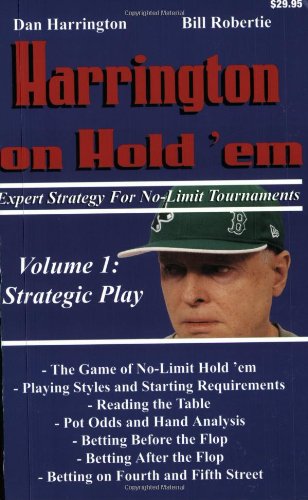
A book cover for Harrington on Hold 'em Expert Strategy for No Limit Tournaments, Vol. 1: Strategic Play; Dan Harrington; Humor & Entertainment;